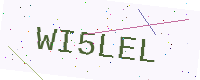
Text: WI5LEL